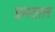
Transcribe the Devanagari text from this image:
बन्स्वाल